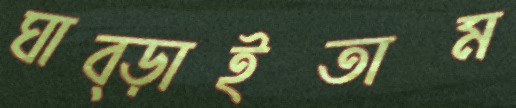
ঘাব্‌ড়াইতাম